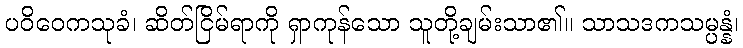
ပဝိဝေကသုခံ၊ ဆိတ်ငြိမ်ရာကို ရှာကုန်သော သူတို့ချမ်းသာ၏။ သာသဒကသမ္ပန္နံ၊